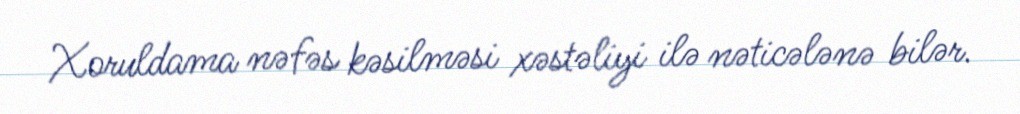
Xoruldama nəfəs kəsilməsi xəstəliyi ilə nəticələnə bilər.